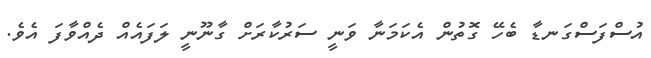
އުސްފަސްގަނޑާ ބެހޭ ގޮތުން އެކަމަނާ ވަނީ ސަރުކާރަށް ގާނޫނީ ލަފައެއް ދެއްވާފަ އެވެ.